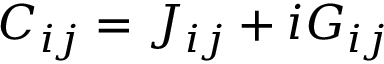
{ \cal C } _ { i j } = J _ { i j } + i G _ { i j }